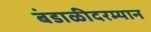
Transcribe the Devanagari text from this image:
बंडाळीदरम्यान